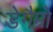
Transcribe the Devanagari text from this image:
डेगैम्रो